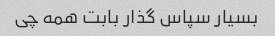
بسیار سپاس گذار بابت همه چی